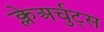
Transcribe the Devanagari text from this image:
क्लेअर्चुट्स